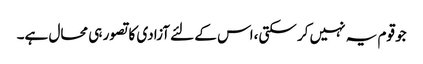
جو قوم یہ نہیں کر سکتی،اس کے لئے آزادی کا تصور ہی محال ہے۔